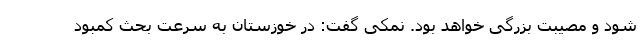
شود و مصیبت بزرگی خواهد بود. نمکی گفت: در خوزستان به سرعت بحث کمبود